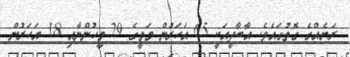
ރަށެއްގެ ގޮތުގައެވެ. އާބާދީއަކީ 65 އަހަރުން މަތީގެ 29 މީހުންނާއި 18 އަހަރުން